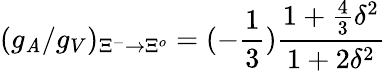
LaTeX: (g_{\mathit{A}}/g_{V})_{{\Xi}^{-}\rightarrow{\Xi}^{o}}=(-{\frac{{1}}{{3}}}){\frac{{1+{\frac{{4}}{{3}}}{\delta}^{2}}}{{1+2{\delta}^{2}}}}